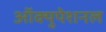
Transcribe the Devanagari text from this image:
ऑक्युपेशनल